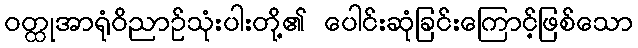
ဝတ္ထုအာရုံဝိညာဉ်သုံးပါးတို့၏ ပေါင်းဆုံခြင်းကြောင့်ဖြစ်သော